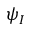
\psi _ { I }